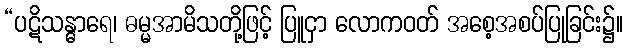
“ပဋိသန္ဓာရေ၊ ဓမ္မအာမိသတို့ဖြင့် ပြူငှာ လောကဝတ် အစေ့အစပ်ပြုခြင်း၌။